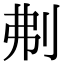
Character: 刜